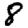
Digit: 8